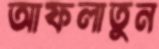
আফলাতুন